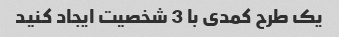
یک طرح کمدی با 3 شخصیت ایجاد کنید